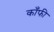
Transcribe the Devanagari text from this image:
काँफी